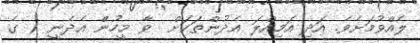
ލެއްވުމަށެވެ. އަދި އަމިއްލަ އެދުންތަކަށް  ވާ މީހުން އެދެނީ ( ގެ